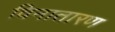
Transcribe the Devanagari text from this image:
विनातारण